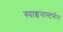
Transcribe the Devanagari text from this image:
स्पाइनास्टर्नम